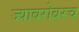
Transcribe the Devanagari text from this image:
ज्याबरोबरच